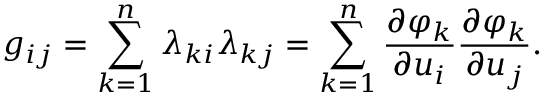
g _ { i j } = \sum _ { k = 1 } ^ { n } \lambda _ { k i } \lambda _ { k j } = \sum _ { k = 1 } ^ { n } { \frac { \partial \varphi _ { k } } { \partial u _ { i } } } { \frac { \partial \varphi _ { k } } { \partial u _ { j } } } .